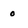
Character: o